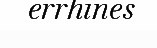
errhines